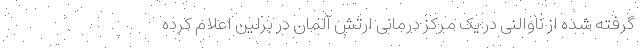
گرفته شده از ناوالنی در یک مرکز درمانی ارتش آلمان در برلین اعلام کرده